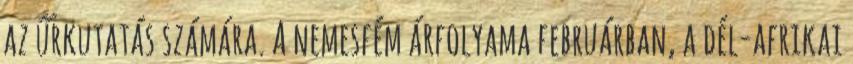
az űrkutatás számára. A nemesfém árfolyama februárban, a dél-afrikai